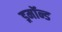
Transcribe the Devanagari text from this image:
ड्रमॉन्ड